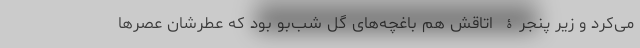
می‌کرد و زیر پنجرۀ اتاقش هم باغچه‌های گُل شب‌بو بود که عطرشان عصرها